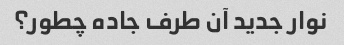
نوار جدید آن طرف جاده چطور؟